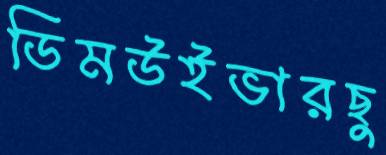
ডিমউইভারছু